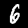
Digit: 6